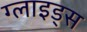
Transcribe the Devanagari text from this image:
ग्लाइड्स